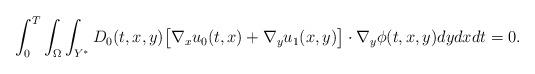
LaTeX: \begin{align*}\int_0^T\int_{\Omega}\int_{Y^{\ast}} D_0(t,x,y) \big[\nabla_x u_0(t,x) + \nabla_y u_1(x,y)\big] \cdot \nabla_y \phi(t,x,y) dy dx dt = 0.\end{align*}